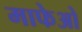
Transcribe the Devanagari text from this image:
माफेओ